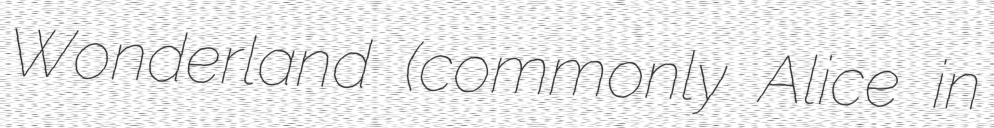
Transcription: Wonderland (commonly Alice in